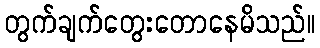
တွက်ချက်တွေးတောနေမိသည်။